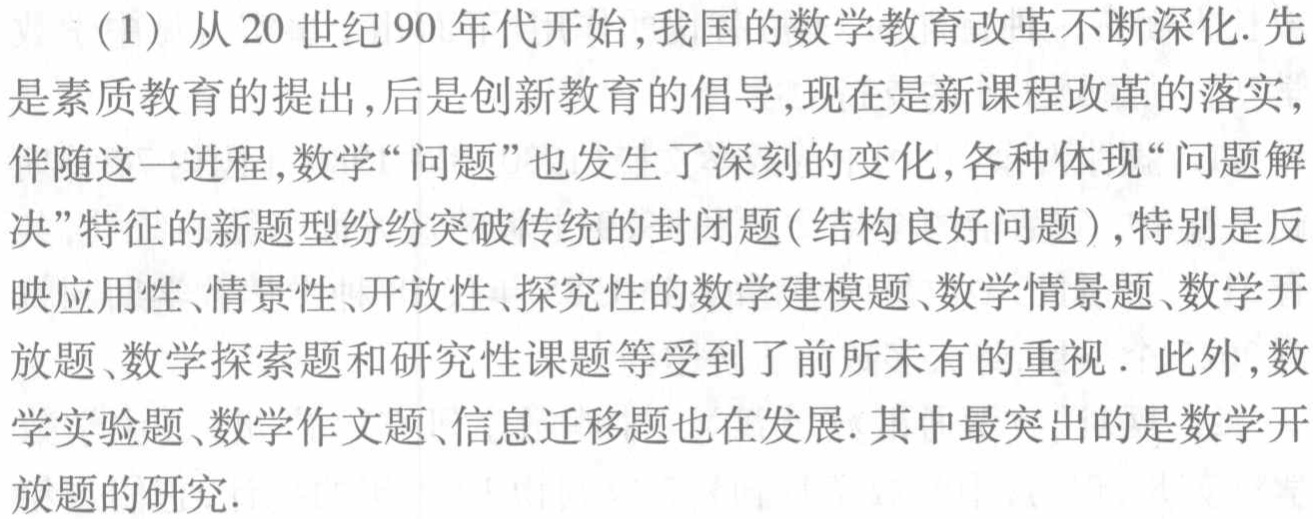
（1）从20世纪90年代开始,我国的数学教育改革不断深化.先是素质教育的提出,后是创新教育的倡导,现在是新课程改革的落实,伴随这一进程,数学“问题”也发生了深刻的变化,各种体现“问题解决”特征的新题型纷纷突破传统的封闭题(结构良好问题),特别是反映应用性、情景性、开放性、探究性的数学建模题、数学情景题、数学开放题、数学探索题和研究性课题等受到了前所未有的重视．此外,数学实验题、数学作文题、信息迁移题也在发展.其中最突出的是数学开放题的研究.